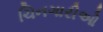
ચિનગારીઓ